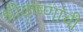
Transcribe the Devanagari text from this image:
श्रीकृष्णांची